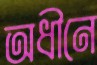
অধীনে